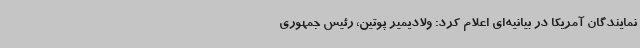
نمایندگان آمریکا در بیانیه‌ای اعلام کرد:‌ ولادیمیر پوتین، رئیس جمهوری